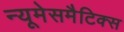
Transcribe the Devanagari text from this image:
न्यूमेसमैटिक्स